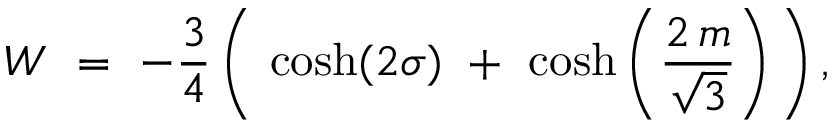
W ~ = ~ - { \frac { 3 } { 4 } } \, \bigg ( \, \cosh ( 2 \sigma ) ~ + ~ \cosh \bigg ( { \frac { 2 \, m } { \sqrt { 3 } } } \bigg ) \, \bigg ) \, ,